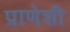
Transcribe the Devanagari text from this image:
प्राणेशी